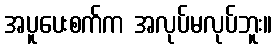
အပူပေးစက်က အလုပ်မလုပ်ဘူး။